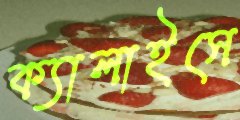
ক্যালাইসে